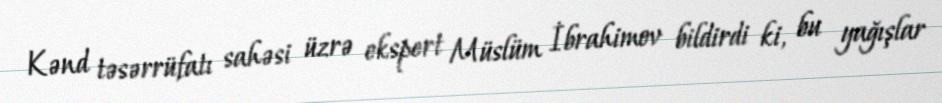
Kənd təsərrüfatı sahəsi üzrə ekspert Müslüm İbrahimov bildirdi ki, bu yağışlar